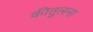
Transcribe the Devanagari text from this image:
कीतुलना